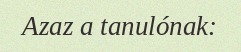
Azaz a tanulónak: